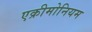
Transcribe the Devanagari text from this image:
एक्रीमोनियम